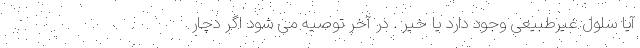
آیا سلول غیرطبیعی وجود دارد یا خیر . در آخر توصیه می شود اگر دچار